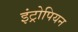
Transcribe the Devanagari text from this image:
इंट्रोपियन